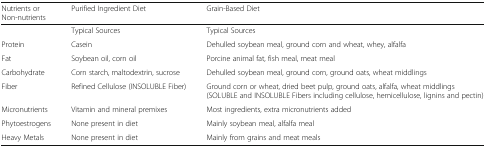
| Nutrients or Non-nutrients | Purified Ingredient Diet | Grain-Based Diet |
 | --- | --- | --- |
 |  | Typical Sources | Typical Sources |
 | Protein | Casein | Dehulled soybean meal, ground corn and wheat, whey, alfalfa |
 | Fat | Soybean oil, corn oil | Porcine animal fat, fish meal, meat meal |
 | Carbohydrate | Corn starch, maltodextrin, sucrose | Dehulled soybean meal, ground corn, ground oats, wheat middlings |
 | Fiber | Refined Cellulose (INSOLUBLE Fiber) | Ground corn or wheat, dried beet pulp, ground oats, alfalfa, wheat middlings (SOLUBLE and INSOLUBLE Fibers including cellulose, hemicellulose, lignins and pectin) |
 | Micronutrients | Vitamin and mineral premixes | Most ingredients, extra micronutrients added |
 | Phytoestrogens | None present in diet | Mainly soybean meal, alfalfa meal |
 | Heavy Metals | None present in diet | Mainly from grains and meat meals |